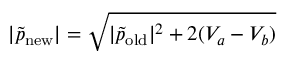
| \tilde { p } _ { \mathrm { n e w } } | = \sqrt { | \tilde { p } _ { \mathrm { o l d } } | ^ { 2 } + 2 ( V _ { a } - V _ { b } ) }